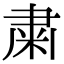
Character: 粛